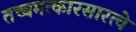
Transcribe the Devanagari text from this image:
तच्चमत्कारसारत्वे